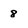
Character: 8